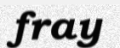
fray